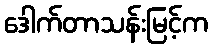
ဒေါက်တာသန်းမြင့်က